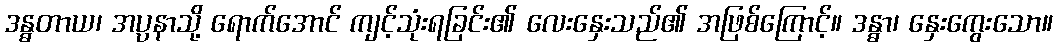
ဒန္ဓတာယ၊ အပ္ပနာသို့ ရောက်အောင် ကျင့်သုံးရခြင်း၏ လေးနှေးသည်၏ အဖြစ်ကြောင့်။ ဒန္ဓာ၊ နှေးကွေးသော။